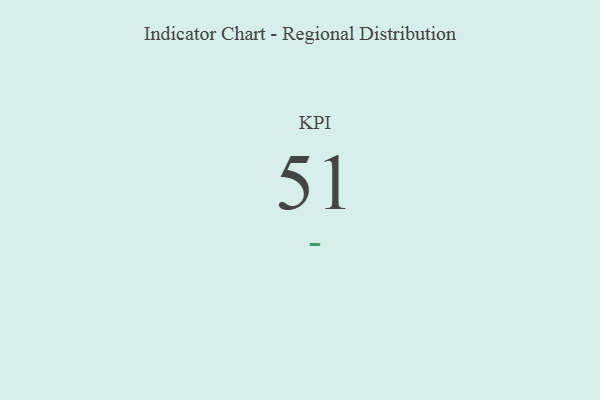
{"axis": {"x": "KPI", "y": "Value"}, "legend": [""], "data": [{"x": "KPI", "y": 51, "type": ""}]}